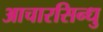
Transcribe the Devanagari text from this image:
आचारसिन्धु